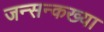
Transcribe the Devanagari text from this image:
जन्सन्कख्या